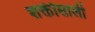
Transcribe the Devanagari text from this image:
शक्तीसाली